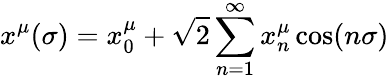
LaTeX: x^{\mu}(\sigma)=x_{0}^{\mu}+\sqrt{2}\sum_{n=1}^{\infty}x_{n}^{\mu}\cos(n\sigma)